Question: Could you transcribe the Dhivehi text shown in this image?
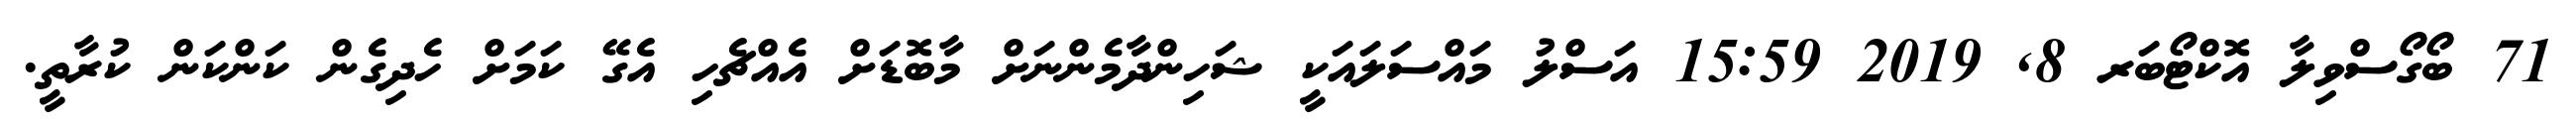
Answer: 71 ބޯގޯސްވިލާ އޮކްޓޯބަރ 8, 2019 15:59 އަސްލު މައްސަލައަކީ ޝަހިންދާމެންނަށް މާބޮޑަށް އެއްޗެހި އެގޭ ކަމަށް ހެދިގެން ކަންކަން ކުރާތީ.